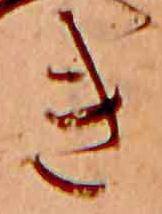
き